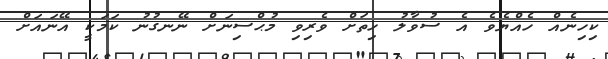
ކިހިނެއް ހެއްޔެވެ އެ ސުވާލު ހިތަށް ވެރިވި މުޙްސިނަށް ނޭނގުނު ކަމަކީ އޭނައަށް